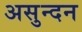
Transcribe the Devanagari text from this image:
असुन्दन